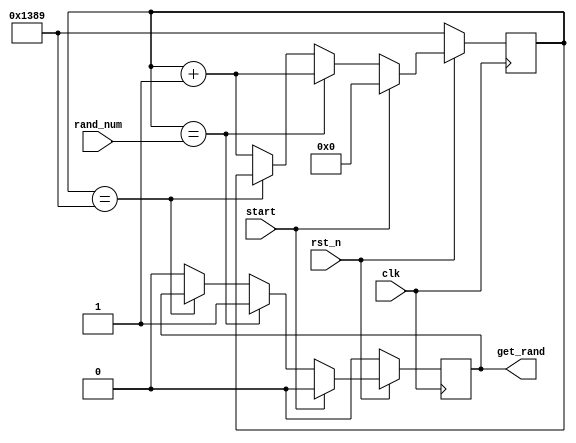
module count2rand (
    input clk,
    input start,//start
    input rst_n,//,
    input wire[12:0] rand_num,//
    output reg get_rand//
);

reg [12:0] Q;//
always @(posedge clk) begin
        //
        if(!rst_n) begin
            get_rand <= 1'b0;
            Q <= 13'd5001;//start
        end
        //
        else if(start) begin
            Q <= 13'b0;
            get_rand <= 1'b0;
        end
        //
        else if(Q == rand_num) begin
            get_rand <= 1'b1;
            Q <= Q + 13'd1;
        end
        //5001
        else if(Q == 13'd5001) begin
            Q <= Q;
        end
        //
        else begin
            Q <= Q + 13'd1;
            get_rand <= 1'b0;
        end
end
endmodule